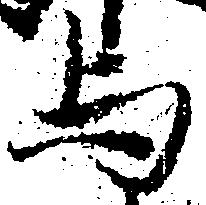
与